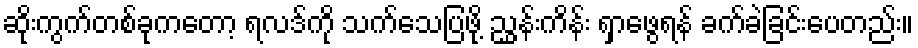
ဆိုးကွက်တစ်ခုကတော့ ရလဒ်ကို သက်သေပြဖို့ ညွှန်းကိန်း ရှာဖွေရန် ခက်ခဲခြင်းပေတည်း။